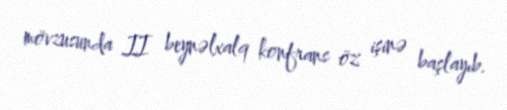
mövzusunda II beynəlxalq konfrans öz işinə başlayıb.